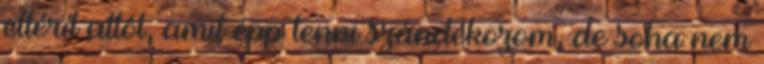
eltérít attól, amit épp tenni szándékozom, de soha nem